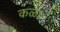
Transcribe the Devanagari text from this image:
कळा।।